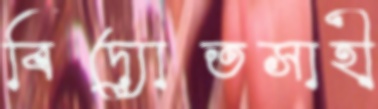
বিদ্যোতসাহী